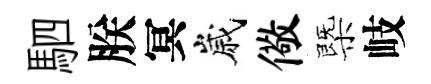
駟朕冥嵗儆㮣岐